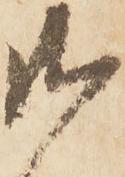
御